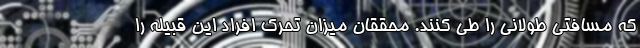
که مسافتی طولانی را طی کنند. محققان میزان تحرک افراد این قبیله را